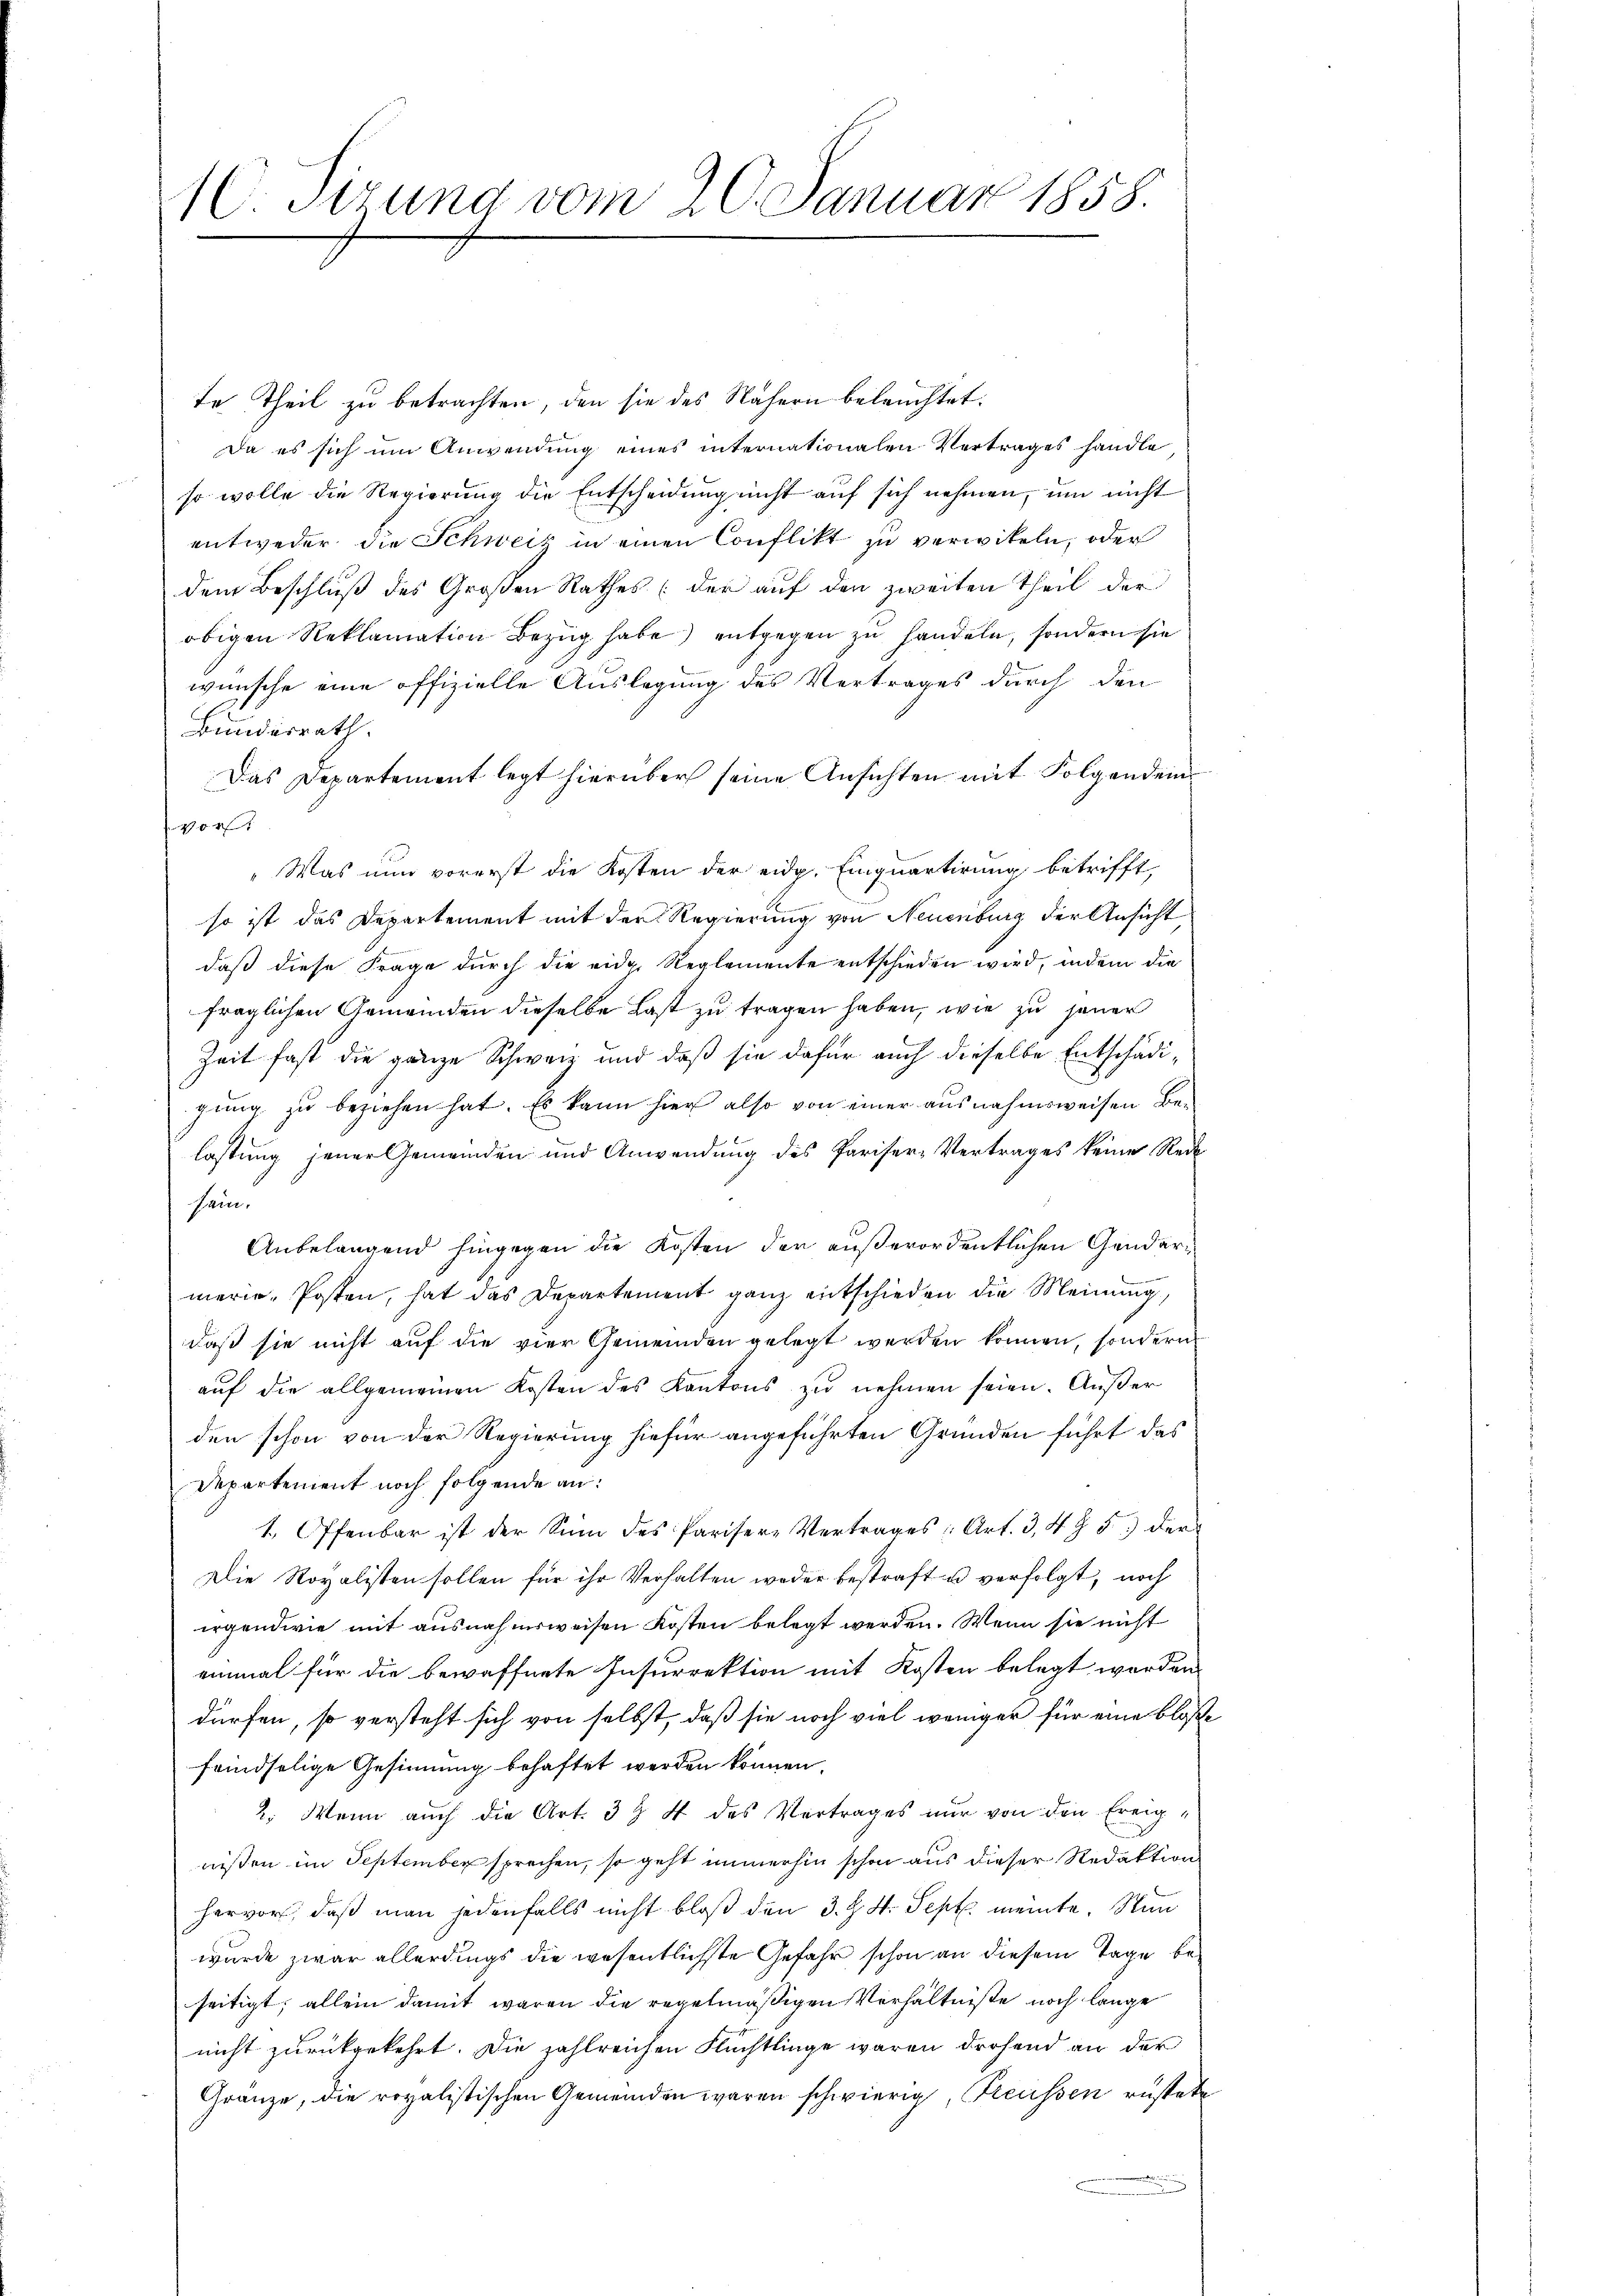
10. Serung vom 20. Januar 1858.

te Theil zu betrachten, den sie des Nähern beleuchtet.
Da es sich um Anwendung eines internationalen Vertrages handle
so wolle die Regierung die Entscheidung nicht auf sich nehmen, um nicht
entweder die Schweiz in einen Conflikt zu verwiteln, oder
dem Beschluß des Großen Rathes (der auf den zweiten Theil der
obigen Reklamation Bezug habe) entgegen zu handeln, sondern sie
wünsche eine offizielle Auslegung des Vertrages durch den
Bundesrath.
Das Departement legt hierüber seine Ansichten mit Folgendem
vor
„Was nun vorerst die Kosten der eidg. Einquartirung betrifft,
so ist das Departement mit der Regierung von Neuenburg der Ansicht
daß diese Frage durch die eidg. Reglemente entschieden wird, indem die
fraglichen Gemeinden dieselbe Last zu tragen haben, wie zu jener
Zeit fast die ganze Schweiz und daß sie dafür auch dieselbe Entschädigung zu beziehen hat. Es kann hier also von einer ausnahmsweisen Be-
lastung jener Gemeinden und Anwendung des Pariser-Vertrages keine Rec
sein.
Anbelangend hingegen die Kosten der außerordentlichen Gendarmerie-Posten, hat das Departement ganz entschieden die Meinung,
daß sie nicht auf die vier Gemeinden gelegt werden können, sondern
aŭf die allgemeinen Kosten des Kantons zŭ nehmen seien. Außer
den schon von der Regierung hiefür angeführten Gründen führt das
Departement noch folgende an:
1. Offenbar ist der Sinn des Parisere Vertrages Art. 3, 4 § 5) der
Die Royalisten sollen für ihr Verhalten weder bestraft u verfolgt, noch
irgendwie mit ausnahmsweisen Kosten belegt werden. Wenn sie nicht
einmal für die bewaffnete Insurrektion mit Kosten belegt worden
dürfen, so versteht sich von selbst, daß sie noch viel weniger für eine blos
feindselige Gesinnung behaftet werden können.
2. Mann auch die Art. 3 & 4 des Vertrages nur von den Ereignissen im September sprechen, so geht immerhin schon aus dieser Redaktion
hervor, daß man jedenfalls nicht bloß den 3. J. V. Sept. meinte. Nun
wurde zwar allerdings die wesentlichste Gefahr schon an diesem Tage beseitigt, allein damit waren die regelmäßigen Verhältniße noch lange
nicht zurückgekehrt. Die zahlreichen Flüchtlinge waren drohend an der
Gränze, die royalistischen Gemeinden waren schwierig, Treussen rüstete